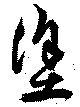
塗